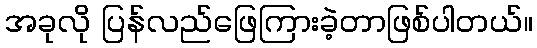
အခုလို ပြန်လည်ဖြေကြားခဲ့တာဖြစ်ပါတယ်။